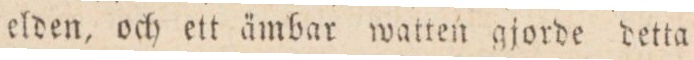
elden, och ett ämbar watten gjorde detta